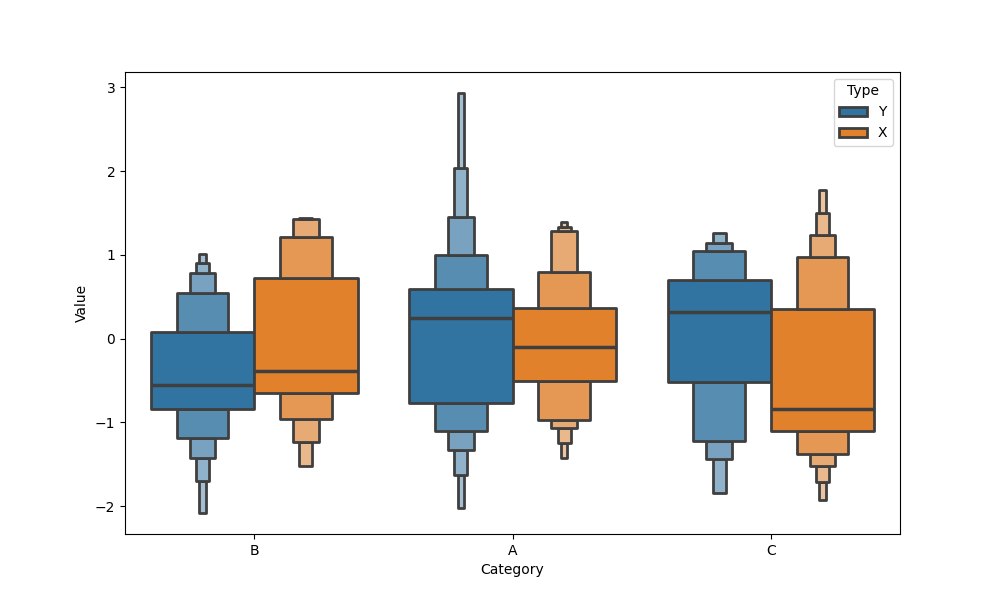
python, seaborn, boxenplot, k_depth='full', linewidth=2, scale='exponential', outlier_prop=0.1, showfliers=True